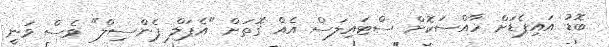
ބޮޑު އައިޕެޑަށް ހާއްސަކޮށް ސްޓައިލަސް އެއް ގޮތަށް "އެޕަލް ޕެންސިލް" ވެސް ވަނީ